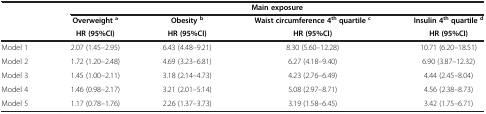
|  | <COLSPAN=4> Main exposure |
 |  | Overweight a | Obesity b | Waist circumference 4thquartile c | Insulin 4thquartile d |
 |  | HR (95%CI) | HR (95%CI) | HR (95%CI) | HR (95%CI) |
 | --- | --- | --- | --- | --- |
 | Model 1 | 2.07 (1.45–2.95) | 6.43 (4.48–9.21) | 8.30 (5.60–12.28) | 10.71 (6.20–18.51) |
 | Model 2 | 1.72 (1.20–2.48) | 4.69 (3.23–6.81) | 6.27 (4.18–9.40) | 6.90 (3.87–12.32) |
 | Model 3 | 1.45 (1.00–2.11) | 3.18 (2.14–4.73) | 4.23 (2.76–6.49) | 4.44 (2.45–8.04) |
 | Model 4 | 1.46 (0.98–2.17) | 3.21 (2.01–5.14) | 5.08 (2.97–8.71) | 4.56 (2.38–8.73) |
 | Model 5 | 1.17 (0.78–1.76) | 2.26 (1.37–3.73) | 3.19 (1.58–6.45) | 3.42 (1.75–6.71) |